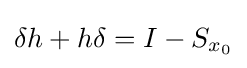
\delta h+h\delta =I-S_{x_{0}}